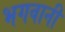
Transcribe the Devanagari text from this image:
भगवानी